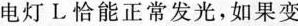
电灯L恰能正常发光，如果变